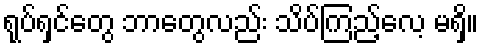
ရုပ်ရှင်တွေ ဘာတွေလည်း သိပ်ကြည့်လေ့ မရှိ။